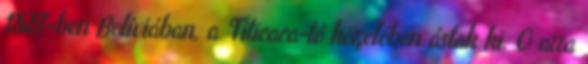
1827-ben Bolíviában, a Titicaca-tó közelében ástak ki. Ő arra